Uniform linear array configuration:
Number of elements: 4
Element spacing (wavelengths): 0.5
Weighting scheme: uniform
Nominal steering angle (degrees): -60
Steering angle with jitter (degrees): -59.2
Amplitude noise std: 0.05
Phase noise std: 0.05

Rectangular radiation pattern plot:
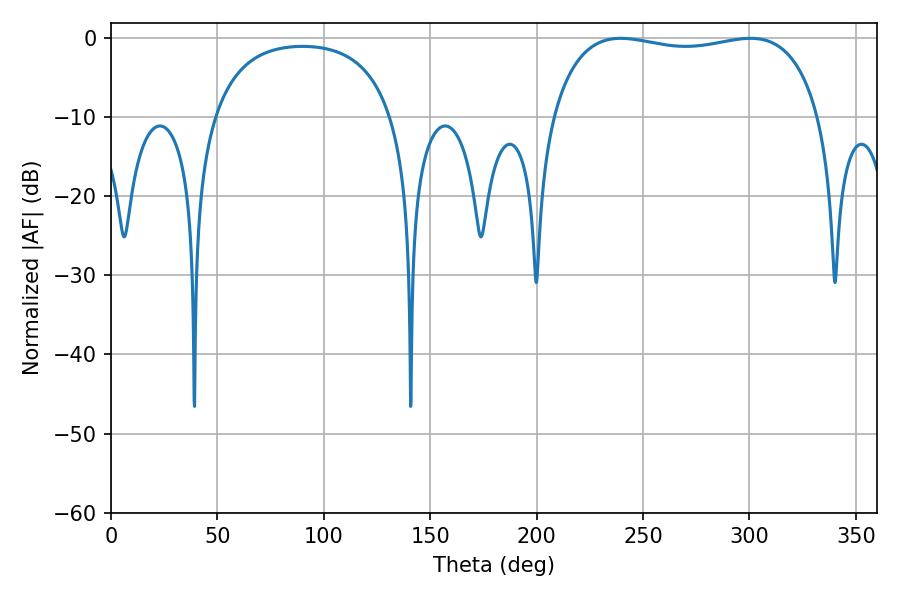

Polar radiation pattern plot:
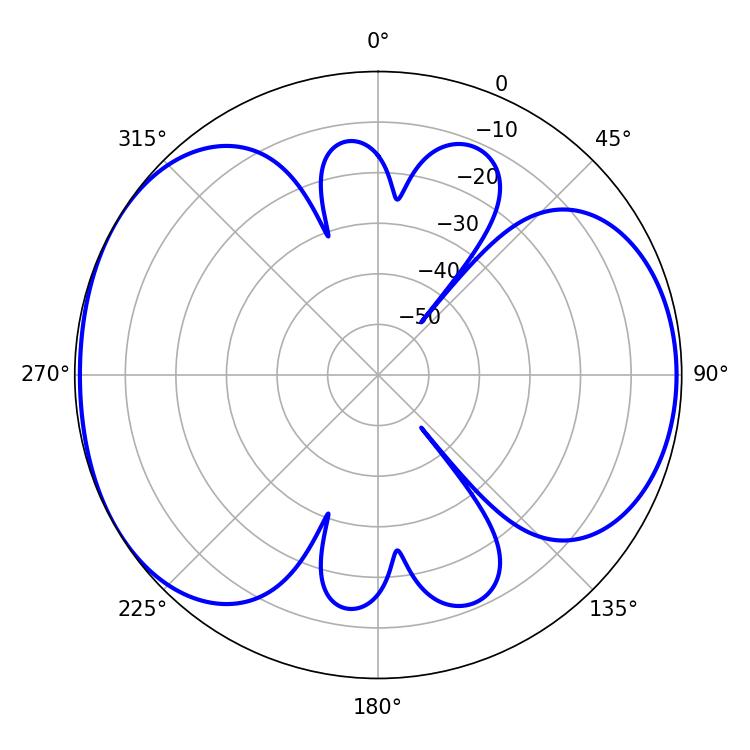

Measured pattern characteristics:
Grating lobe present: FALSE
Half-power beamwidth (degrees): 101.88
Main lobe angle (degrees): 239.58